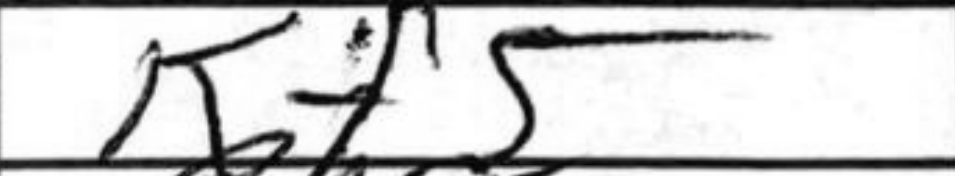
Transcription: Kf5